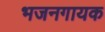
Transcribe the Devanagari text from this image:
भजनगायक